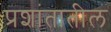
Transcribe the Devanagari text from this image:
प्रशांतातील